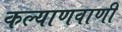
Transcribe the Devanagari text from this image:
कल्याणवाणी